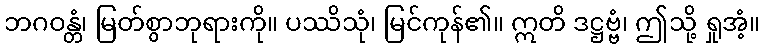
ဘဂဝန္တံ၊ မြတ်စွာဘုရားကို။ ပဿိသုံ၊ မြင်ကုန်၏။ ဣတိ ဒဋ္ဌဗ္ဗံ၊ ဤသို့ ရှုအံ့။